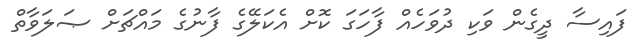
ފައިސާ ދީގެން ވަކި ދުވަހެއް ފާހަގަ ކޮށް އެކަލޭގެ ފާނުގެ މައްޗަށް ޞަލަވާތް